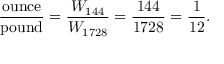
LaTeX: { \frac { \mathrm { o u n c e } } { \mathrm { p o u n d } } } = { \frac { W _ { 1 4 4 } } { W _ { 1 7 2 8 } } } = { \frac { 1 4 4 } { 1 7 2 8 } } = { \frac { 1 } { 1 2 } } .